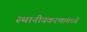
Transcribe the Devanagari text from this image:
स्थानीयकरणांमध्ये